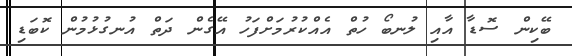
ބޭކިން ސޮޑާ އާއި ލުނބޯ ހުތް އެއްކުރުމަށްފަހު އޭގެން ދަތް އުނގުޅުމުން ކޮބަޑި